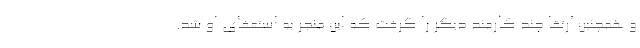
و همچنین ارتقا چند کارمند دیگر را گرفت که این منجر به استعفای او شد.